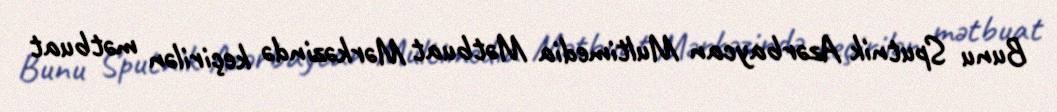
Bunu Sputnik Azərbaycan Multimedia Mətbuat Mərkəzində keçirilən mətbuat